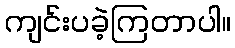
ကျင်းပခဲ့ကြတာပါ။